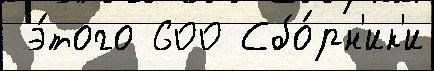
 э́того 600 Сбо́рн'ик'и